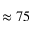
\approx 7 5